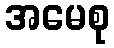
အမေစု